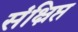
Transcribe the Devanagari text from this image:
संक्ष्रिप्त